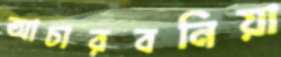
আচারবনিয়া